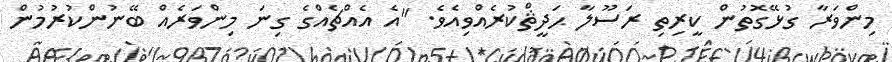
މިންވަރާ ގުޅޭގޮތުން ކީރިތި ރަސޫލާ ޙަދީޘްކުރެއްވިއެވެ. "އެ އެއްޗެއްގެ ގިނަ މިންވަރެއް ބޭނުންކުރުމުން